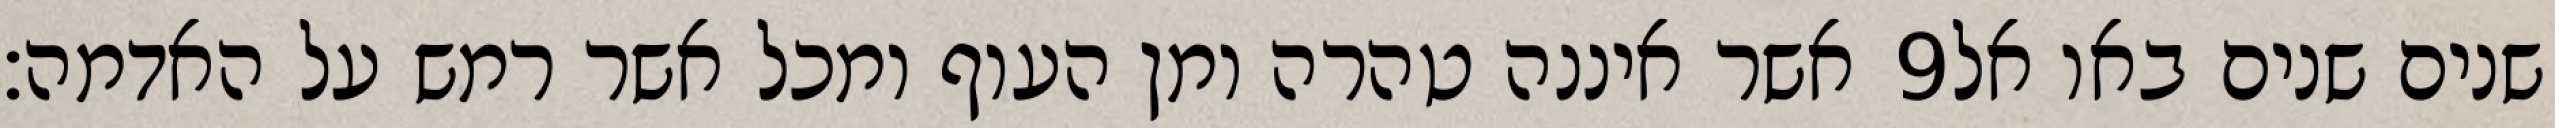
אשר איננה טהרה ומן העוף ומכל אשר רמש על האדמה׃ ‎9‏ שנים שנים באו אל